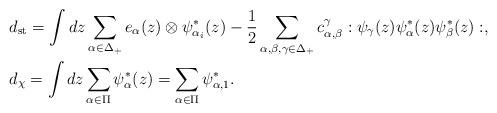
LaTeX: \begin{align*}&d_{\mathrm{st}}=\int dz \sum_{\alpha\in \Delta_+}e_{\alpha}(z)\otimes \psi_{\alpha_i}^*(z)-\frac{1}{2}\sum_{\alpha,\beta,\gamma\in \Delta_+}c_{\alpha,\beta}^\gamma:\psi_\gamma(z)\psi_\alpha^*(z)\psi_\beta^*(z):, \\&d_{\chi}=\int dz \sum_{\alpha\in \Pi}\psi^*_\alpha(z)=\sum_{\alpha\in \Pi}\psi^*_{\alpha,1}.\end{align*}